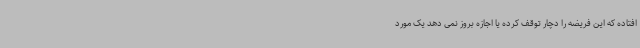
افتاده که این فریضه را دچار توقف کرده یا اجازه بروز نمی دهد یک مورد